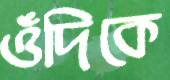
ওঁদিকে